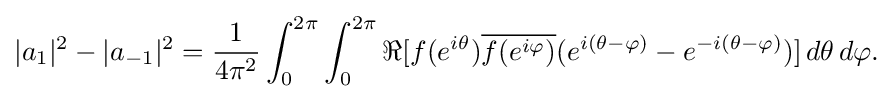
\displaystyle {|a_{1}|^{2}-|a_{-1}|^{2}={1 \over 4\pi ^{2}}\int _{0}^{2\pi }\int _{0}^{2\pi }\Re [f(e^{i\theta }){\overline {f(e^{i\varphi })}}(e^{i(\theta -\varphi )}-e^{-i(\theta -\varphi )})]\,d\theta \,d\varphi .}